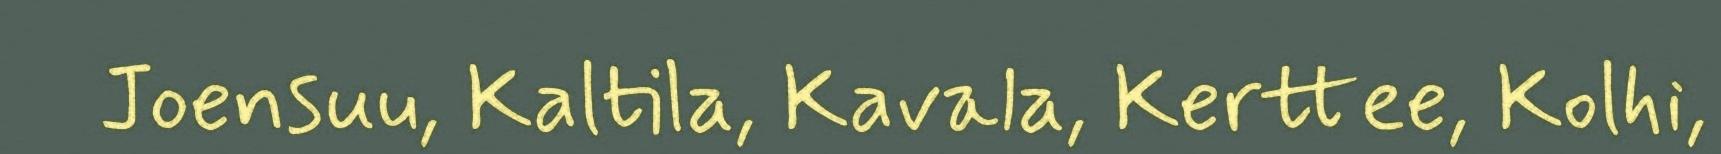
Joensuu, Kaltila, Kavala, Kerttee, Kolhi,